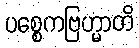
ပစ္စေကဗြဟ္မာတိ